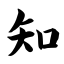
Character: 知